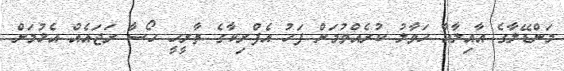
މަންޑޭލާގެ އާއިލާއާ ހަވާލު ކުރެއްވުމަށް ފަހު އެފްރިކާގެ ތާރީހީ ހޯސާ ރަޖައެއް އެޅުމަށް